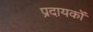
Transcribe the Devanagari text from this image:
प्रदायकों